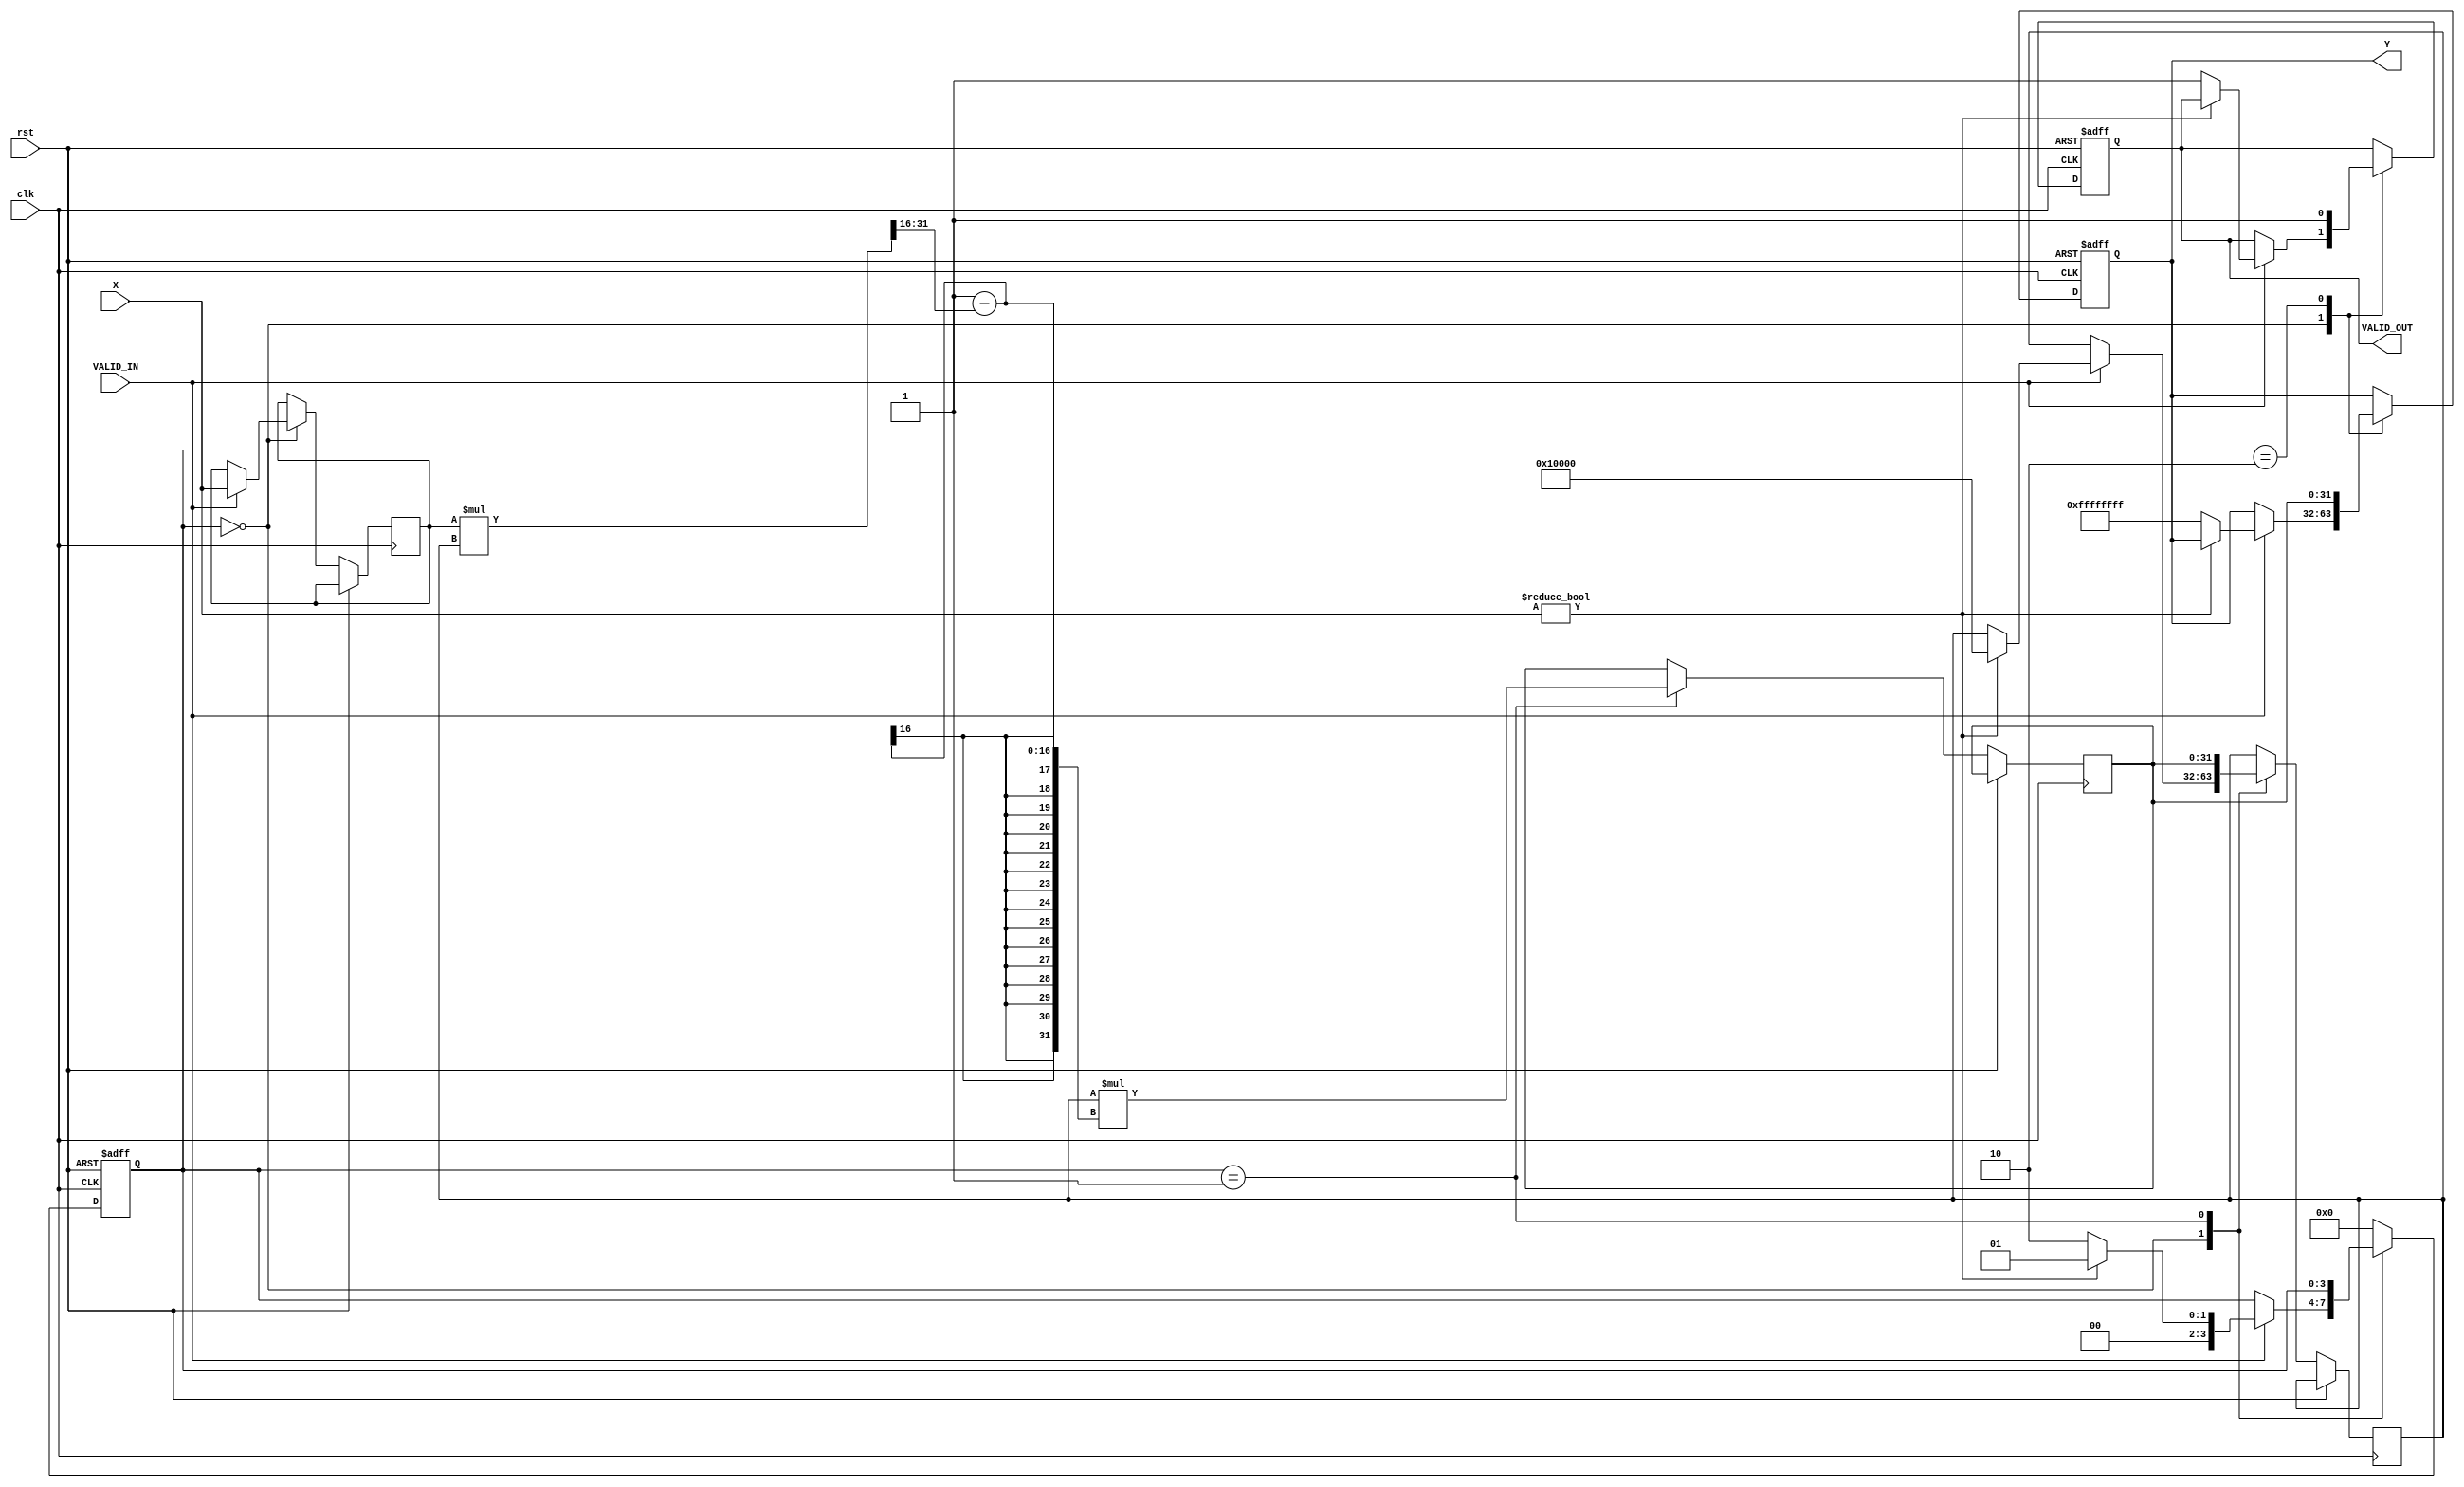
module DirectReciprocalUnit (
    input wire [15:0] X,          // Input data (fixed-point)
    input wire VALID_IN,          // Input valid signal
    output reg [31:0] Y,          // Reciprocal result (fixed-point)
    output reg VALID_OUT,         // Output valid signal
    input wire clk,               // Clock signal
    input wire rst                // Reset signal
);

    reg [31:0] reciprocal;        // Internal register for the computed reciprocal
    reg [3:0] state;              // State variable for control logic
    reg [31:0] approx;            // Approximation of the reciprocal
    reg [15:0] input_value;       // Registered input value

    localparam IDLE = 4'b0000;
    localparam CALC = 4'b0001;
    localparam DONE = 4'b0010;

    // Constants for the Newton-Raphson method
    localparam MAX_ITER = 4;      // Maximum iterations for convergence
    localparam ONE = 32'h00000001; // Fixed-point representation of 1

    // State machine for control logic
    always @(posedge clk or posedge rst) begin
        if (rst) begin
            state <= IDLE;
            VALID_OUT <= 0;
            Y <= 0;
        end else begin
            case (state)
                IDLE: begin
                    if (VALID_IN) begin
                        input_value <= X;
                        if (X != 0) begin
                            approx <= {16'h0001, 16'h0000}; // Initial approximation (1.0)
                            state <= CALC;
                        end else begin
                            Y <= 32'hFFFFFFFF; // Handle division by zero
                            VALID_OUT <= 1;
                            state <= DONE;
                        end
                    end
                end

                CALC: begin
                    // Newton-Raphson iteration
                    reciprocal <= approx * (ONE - (input_value * approx >> 16)); // 1 - X * approx
                    approx <= reciprocal;
                    if (MAX_ITER == 0) begin
                        state <= DONE;
                    end else begin
                        MAX_ITER <= MAX_ITER - 1;
                    end
                end

                DONE: begin
                    Y <= reciprocal;
                    VALID_OUT <= 1;
                    state <= IDLE; // Go back to IDLE after output
                end

                default: state <= IDLE;
            endcase
        end
    end

endmodule